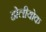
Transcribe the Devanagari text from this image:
होलीयोक